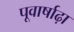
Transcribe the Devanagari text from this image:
पूवार्षाढ़ा